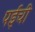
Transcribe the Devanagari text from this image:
पईची